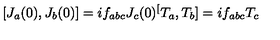
[ J _ { a } ( 0 ) , J _ { b } ( 0 ) ] = i f _ { a b c } J _ { c } ( 0 ) \sp [ T _ { a } , T _ { b } ] = i f _ { a b c } T _ { c }